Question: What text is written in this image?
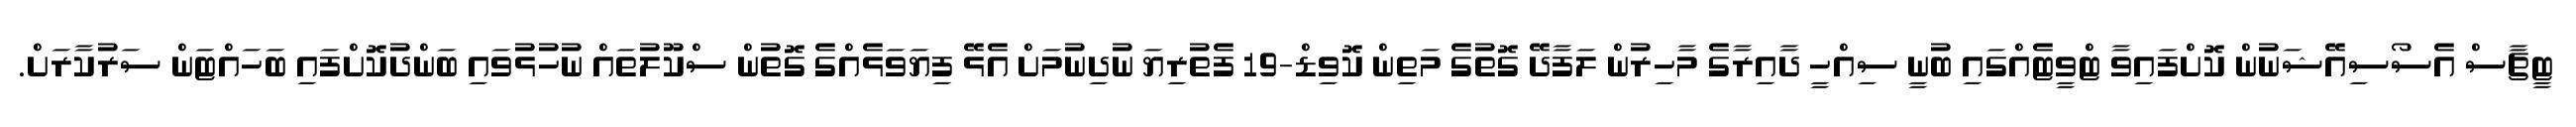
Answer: ޓީޗާސް އެސޯސިއޭޝަނުން ކޮށްފައިވާ ޓްވީޓެއްގައި ބުނީ ސިއްހީ ދާއިރާގެ މާހިރުން ލަފާދޭ ގޮތުގެ މަތިން ކޮވިޑް-19 ފެތުރިޔަ ނުދިނުމަށް އެޅޭ ފިޔަވަޅެއްގެ ގޮތުން ސްކޫލުތައް ނުހުޅުވައި ބަންދުކޮށްފައި ބަހައްޓަން ސަރުކާރަށް.